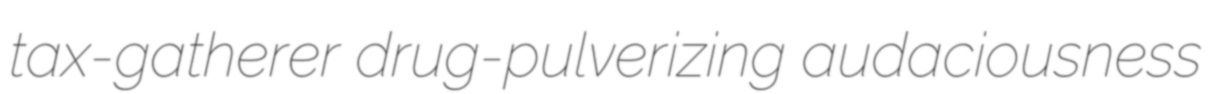
tax-gatherer drug-pulverizing audaciousness